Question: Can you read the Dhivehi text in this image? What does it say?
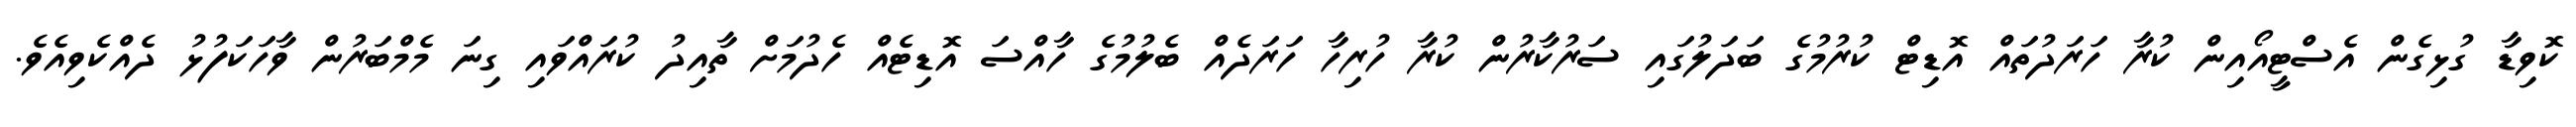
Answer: ކޮވިޑާ ގުޅިގެން އެސްޓީއޯއިން ކުރާ ހަރަދުތައް އޮޑިޓް ކުރުމުގެ ބަދަލުގައި ސަރުކާރުން ކުރާ ހުރިހާ ހަރަދެއް ބެލުމުގެ ހާއްސަ އޮޑިޓެއް ހެދުމަށް ތާއިދު ކުރައްވައި ގިނަ މެމްބަރުން ވާހަކަފުޅު ދެއްކެވިއެވެ.